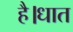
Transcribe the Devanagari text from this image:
है।धात